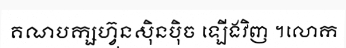
គណបក្សហ្វ៊ុនស៊ិនប៉ិច ឡើងវិញ ។លោក